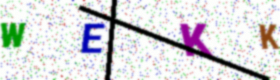
Text: WEKK